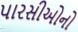
પારસીઓનો